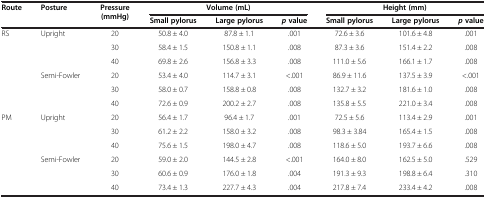
<table><thead><tr><td><b>Route</b></td><td><b>Posture</b></td><td><b>Pressure (mmHg)</b></td><td colspan="3"><b>Volume (mL)</b></td><td colspan="3"><b>Height (mm)</b></td></tr><tr><td><b> </b></td><td><b> </b></td><td><b> </b></td><td><b>Small pylorus</b></td><td><b>Large pylorus</b></td><td><b><i>p</i>value</b></td><td><b>Small pylorus</b></td><td><b>Large pylorus</b></td><td><b><i>p</i>value</b></td></tr></thead><tbody><tr><td rowspan="6">RS</td><td rowspan="3">Upright</td><td>20</td><td>50.8 ± 4.0</td><td>87.8 ± 1.1</td><td>.001</td><td>72.6 ± 3.6</td><td>101.6 ± 4.8</td><td>.001</td></tr><tr><td>30</td><td>58.4 ± 1.5</td><td>150.8 ± 1.1</td><td>.008</td><td>87.3 ± 3.6</td><td>151.4 ± 2.2</td><td>.008</td></tr><tr><td>40</td><td>69.8 ± 2.6</td><td>156.8 ± 3.3</td><td>.008</td><td>111.0 ± 5.6</td><td>166.1 ± 1.7</td><td>.008</td></tr><tr><td rowspan="3">Semi-Fowler</td><td>20</td><td>53.4 ± 4.0</td><td>114.7 ± 3.1</td><td>&lt;.001</td><td>86.9 ± 11.6</td><td>137.5 ± 3.9</td><td>&lt;.001</td></tr><tr><td>30</td><td>58.0 ± 0.7</td><td>158.8 ± 0.8</td><td>.008</td><td>132.7 ± 3.2</td><td>181.6 ± 1.0</td><td>.008</td></tr><tr><td>40</td><td>72.6 ± 0.9</td><td>200.2 ± 2.7</td><td>.008</td><td>135.8 ± 5.5</td><td>221.0 ± 3.4</td><td>.008</td></tr><tr><td rowspan="5">PM</td><td rowspan="3">Upright</td><td>20</td><td>56.4 ± 1.7</td><td>96.4 ± 1.7</td><td>.001</td><td>72.5 ± 5.6</td><td>113.4 ± 2.9</td><td>.001</td></tr><tr><td>30</td><td>61.2 ± 2.2</td><td>158.0 ± 3.2</td><td>.008</td><td>98.3 ± 3.84</td><td>165.4 ± 1.5</td><td>.008</td></tr><tr><td>40</td><td>75.6 ± 1.5</td><td>198.0 ± 4.7</td><td>.008</td><td>118.6 ± 5.0</td><td>193.7 ± 6.6</td><td>.008</td></tr><tr><td rowspan="2">Semi-Fowler</td><td>20</td><td>59.0 ± 2.0</td><td>144.5 ± 2.8</td><td>&lt;.001</td><td>164.0 ± 8.0</td><td>162.5 ± 5.0</td><td>.529</td></tr><tr><td>30</td><td>60.6 ± 0.9</td><td>176.0 ± 1.8</td><td>.004</td><td>191.3 ± 9.3</td><td>198.8 ± 6.4</td><td>.310</td></tr><tr><td> </td><td> </td><td>40</td><td>73.4 ± 1.3</td><td>227.7 ± 4.3</td><td>.004</td><td>217.8 ± 7.4</td><td>233.4 ± 4.2</td><td>.008</td></tr></tbody></table>